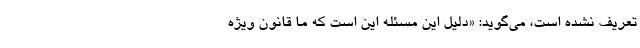
تعریف نشده است، می‌گوید: «دلیل این مسئله این است که ما قانون ویژه